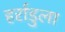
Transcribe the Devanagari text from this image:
हर्राडुला